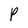
Character: P